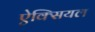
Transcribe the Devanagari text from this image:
ऐक्सियल